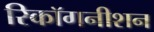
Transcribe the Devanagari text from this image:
रिकॉगनीशन